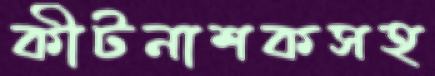
কীটনাশকসহ